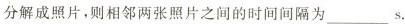
分解成照片，则相邻两张照片之间的时间间隔为_____s.